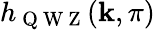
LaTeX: h_{\mathrm{~Q~W~Z~}}(\mathbf{k},\pi)